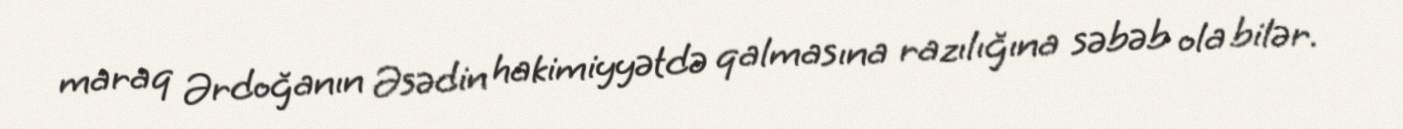
maraq Ərdoğanın Əsədin hakimiyyətdə qalmasına razılığına səbəb ola bilər.